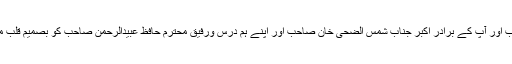
خصوصاً حافظ جی رح کے صاحب زادگان جناب مولانا شمس الہدی قاسمی صاحب اور آپ کے برادر اکبر جناب شمس الضحی خان صاحب اور اپنے ہم درس ورفیق محترم حافظ عبیدالرحمن صاحب کو بصمیم قلب مبارک باد دیتے ہوئے دعا گو ہوں کہ اللہ پاک ان تمام کو اجر عظیم عطا فرمائے ۔